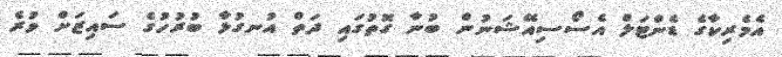
އެމެރިކާގެ ޑެންޓަލް އެސޯސިއޭޝަނުން ބުނާ ގޮތުގައި ދަތް އުނގުޅާ ބުރުހުގެ ސައިޒަށް ވުރެ